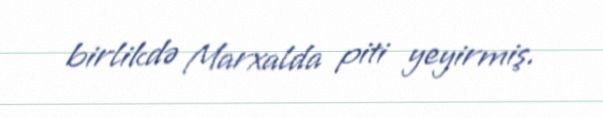
birlikdə Marxalda piti yeyirmiş.